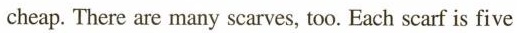
cheap. There are many scarves, too. Each scarf is five